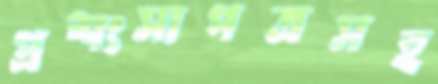
প্রশংসাপত্রসহ